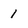
Character: 1